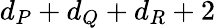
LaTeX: d_{P}+d_{Q}+d_{R}+2